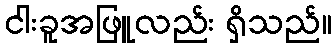
ငါးခူအဖြူလည်း ရှိသည်။